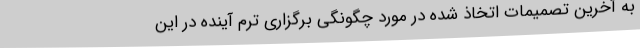
به آخرین تصمیمات اتخاذ شده در مورد چگونگی برگزاری ترم آینده در این